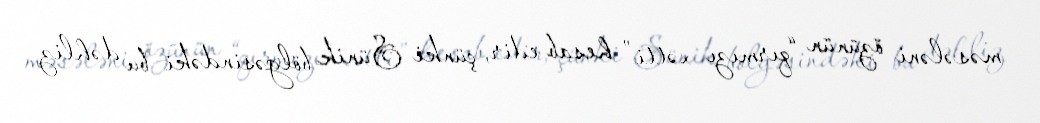
məsələni özünün “qırmızı xətti” hesab edir, çünki Sünik bölgəsindəki bu dəhliz